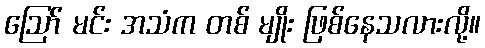
ဪ မင်း အသံက တစ် မျိုး ဖြစ်နေသလားလို့။